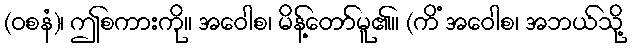
(ဝစနံ)၊ ဤစကားကို။ အဝေါစ၊ မိန့်တော်မူ၏။ (ကိံ အဝေါစ၊ အဘယ်သို့